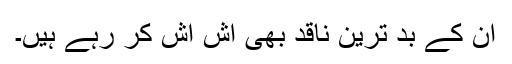
ان کے بد ترین ناقد بھی اش اش کر رہے ہیں۔